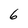
Character: 6